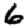
Digit: 6